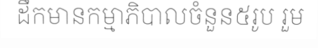
ដឹកមានកម្មាភិបាលចំនួន៥រូប រួម